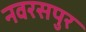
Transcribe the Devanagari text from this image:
नवरसपुर